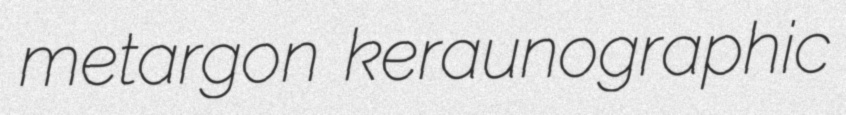
metargon keraunographic